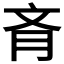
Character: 𦙟